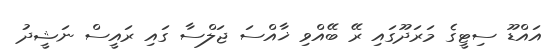
އައްޑޫ ސިޓީގެ މަރަދޫގައި ރޭ ބޭއްވި ޚާއްސަ ޖަލްސާ ގައި ރައީސް ނަޝީދު